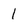
Character: 1